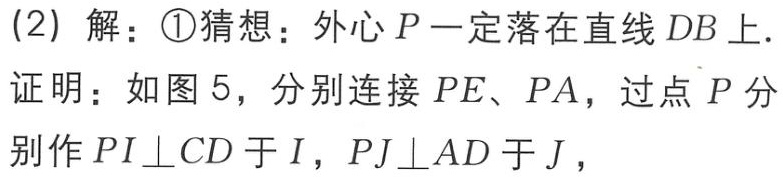
(2) 解：\textcircled{1}猜想：外心 \(P\) 一定落在直线 \(DB\) 上.
证明：如图 5，分别连接 \(PE\)、\(PA\)，过点 \(P\) 分别作 \(PI\perp CD\) 于 \(I\)，\(PJ\perp AD\) 于 \(J\)，